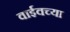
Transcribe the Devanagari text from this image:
वाईवच्या